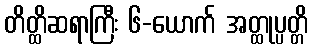
တိတ္ထိဆရာကြီး ၆-ယောက် အတ္ထုပ္ပတ္တိ